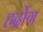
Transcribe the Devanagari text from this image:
हर्द्रोग